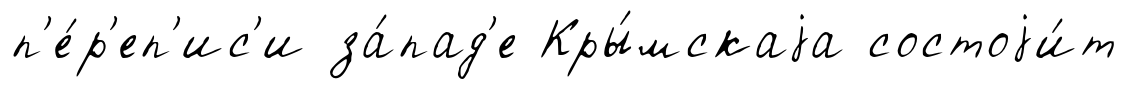
п'е́р'еп'ис'и за́пад'е Кры́мскаjа состоjи́т